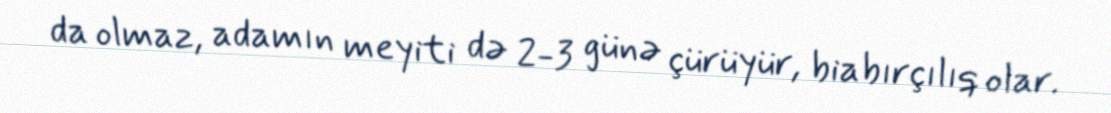
da olmaz, adamın meyiti də 2-3 günə çürüyür, biabırçılıq olar.